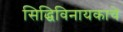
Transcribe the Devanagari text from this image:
सिद्धिविनायकाचे